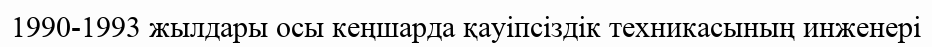
1990-1993 жылдары осы кеңшарда қауіпсіздік техникасының инженері